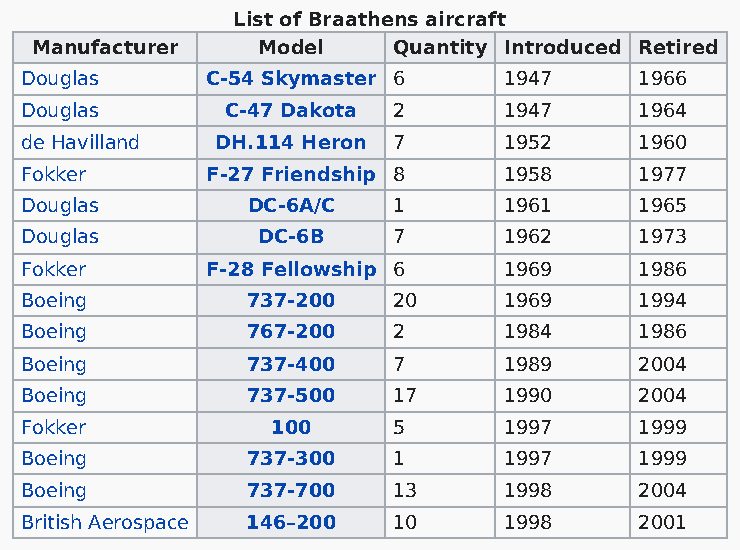
List of Braathens aircraft
 Manufacturer   Model    Quantity Introduced Retired
 Douglas      C-54 Skymaster 6   1947     1966
 Douglas       C-47 Dakota 2     1947     1964
 de Havilland DH.114 Heron 7     1952     1960
 Fokker       F-27 Friendship 8  1958     1977
 Douglas        DC-6A/C   1      1961     1965
 Douglas         DC-6B    7      1962     1973
 Fokker       F-28 Fellowship 6  1969     1986
 Boeing         737-200   20     1969     1994
 Boeing         767-200   2      1984     1986
 Boeing         737-400   7      1989     2004
 Boeing         737-500   17     1990     2004
 Fokker           100     5      1997     1999
 Boeing         737-300   1      1997     1999
 Boeing         737-700   13     1998     2004
 British Aerospace 146–200 10    1998     2001